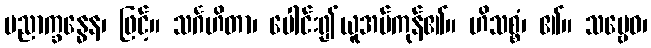
ပညာက္ခန္ဓေန၊ ဖြင့်။ သင်္ဂဟိတာ၊ ပေါင်း၍ယူအပ်ကုန်၏။ ဟိသစ္စံ၊ ၏။ သဗ္ဗေဝ၊